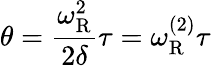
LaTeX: \theta={\frac{\omega_{\mathrm{R}}^{2}}{2\delta}}\tau=\omega_{\mathrm{R}}^{(2)}\tau